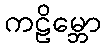
ကဠိမ္ဘော